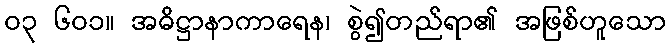
၀၃ ၆၀၁။ အဓိဋ္ဌာနာကာရေန၊ စွဲ၍တည်ရာ၏ အဖြစ်ဟူသော